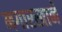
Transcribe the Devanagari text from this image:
नगारखाने